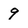
Character: 9